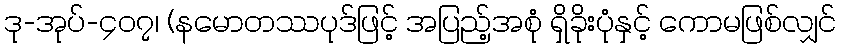
ဒု-အုပ်-၄၀၇၊ (နမောတဿပုဒ်ဖြင့် အပြည့်အစုံ ရှိခိုးပုံနှင့် ကောမဖြစ်လျှင်